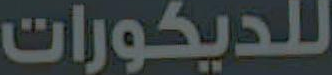
للديكورات